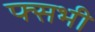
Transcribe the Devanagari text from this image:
फ्सभी